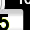
Digit: 5